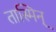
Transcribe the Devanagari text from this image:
तास्मिन्